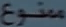
متنوع